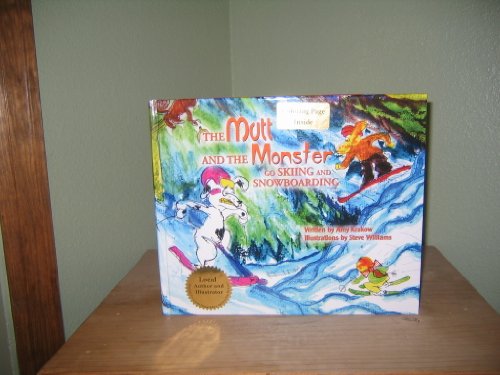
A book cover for The Mutt and the Monster go Skiing and Snowboarding; Amy (Signed) Krakow; Sports & Outdoors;